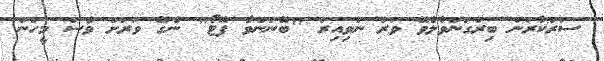
ސަރުކާރުން ބިރުގަންވާލެވޭ ވަރު ނުވިއިރު "ބޭނުންވާ ފޮޓޯ" ނެގޭ ވަރަށް ވެސް މީހުން